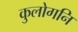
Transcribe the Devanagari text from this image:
कुलोगनि